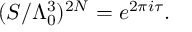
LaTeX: ( S / \Lambda _ { 0 } ^ { 3 } ) ^ { 2 N } = e ^ { 2 \pi i \tau } .